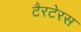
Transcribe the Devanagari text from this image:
टैरटेरस